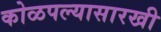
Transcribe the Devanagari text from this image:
कोळपल्यासारखी